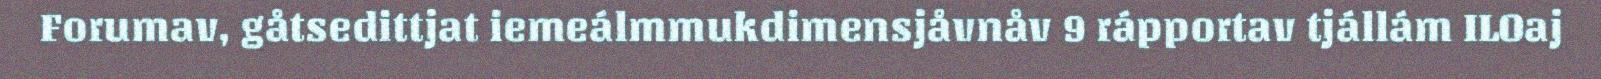
Forumav, gåtsedittjat iemeálmmukdimensjåvnåv 9 rápportav tjállám ILOaj